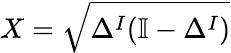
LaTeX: X=\sqrt{\Delta^{I}(\mathbb{I}-\Delta^{I})}